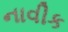
નાવીક